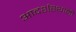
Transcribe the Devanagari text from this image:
आदर्शस्थानी